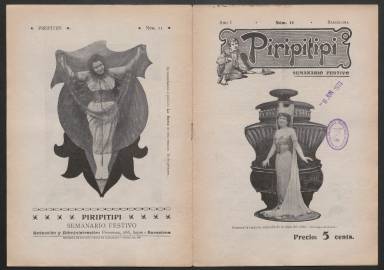
Título: Piripitipi (Barcelona)
Colección: Revistas licenciosas
Ámbito geográfico: Barcelona
Lugar de publicación: Barcelona
Fechas: 01/01/1903-31/12/1904